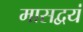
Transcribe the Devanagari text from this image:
मासद्वयं